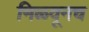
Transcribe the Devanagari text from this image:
मिळवूनच